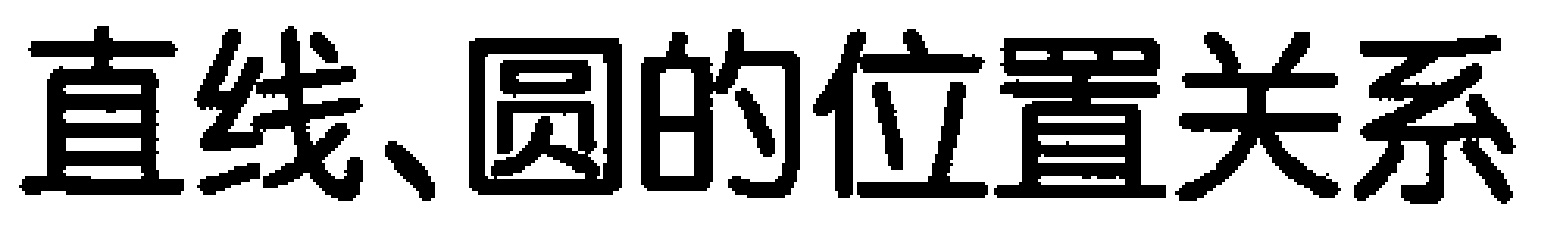
直线、圆的位置关系